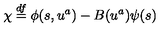
\chi \stackrel { d f } { = } \phi ( s , u ^ { a } ) - B ( u ^ { a } ) \psi ( s )